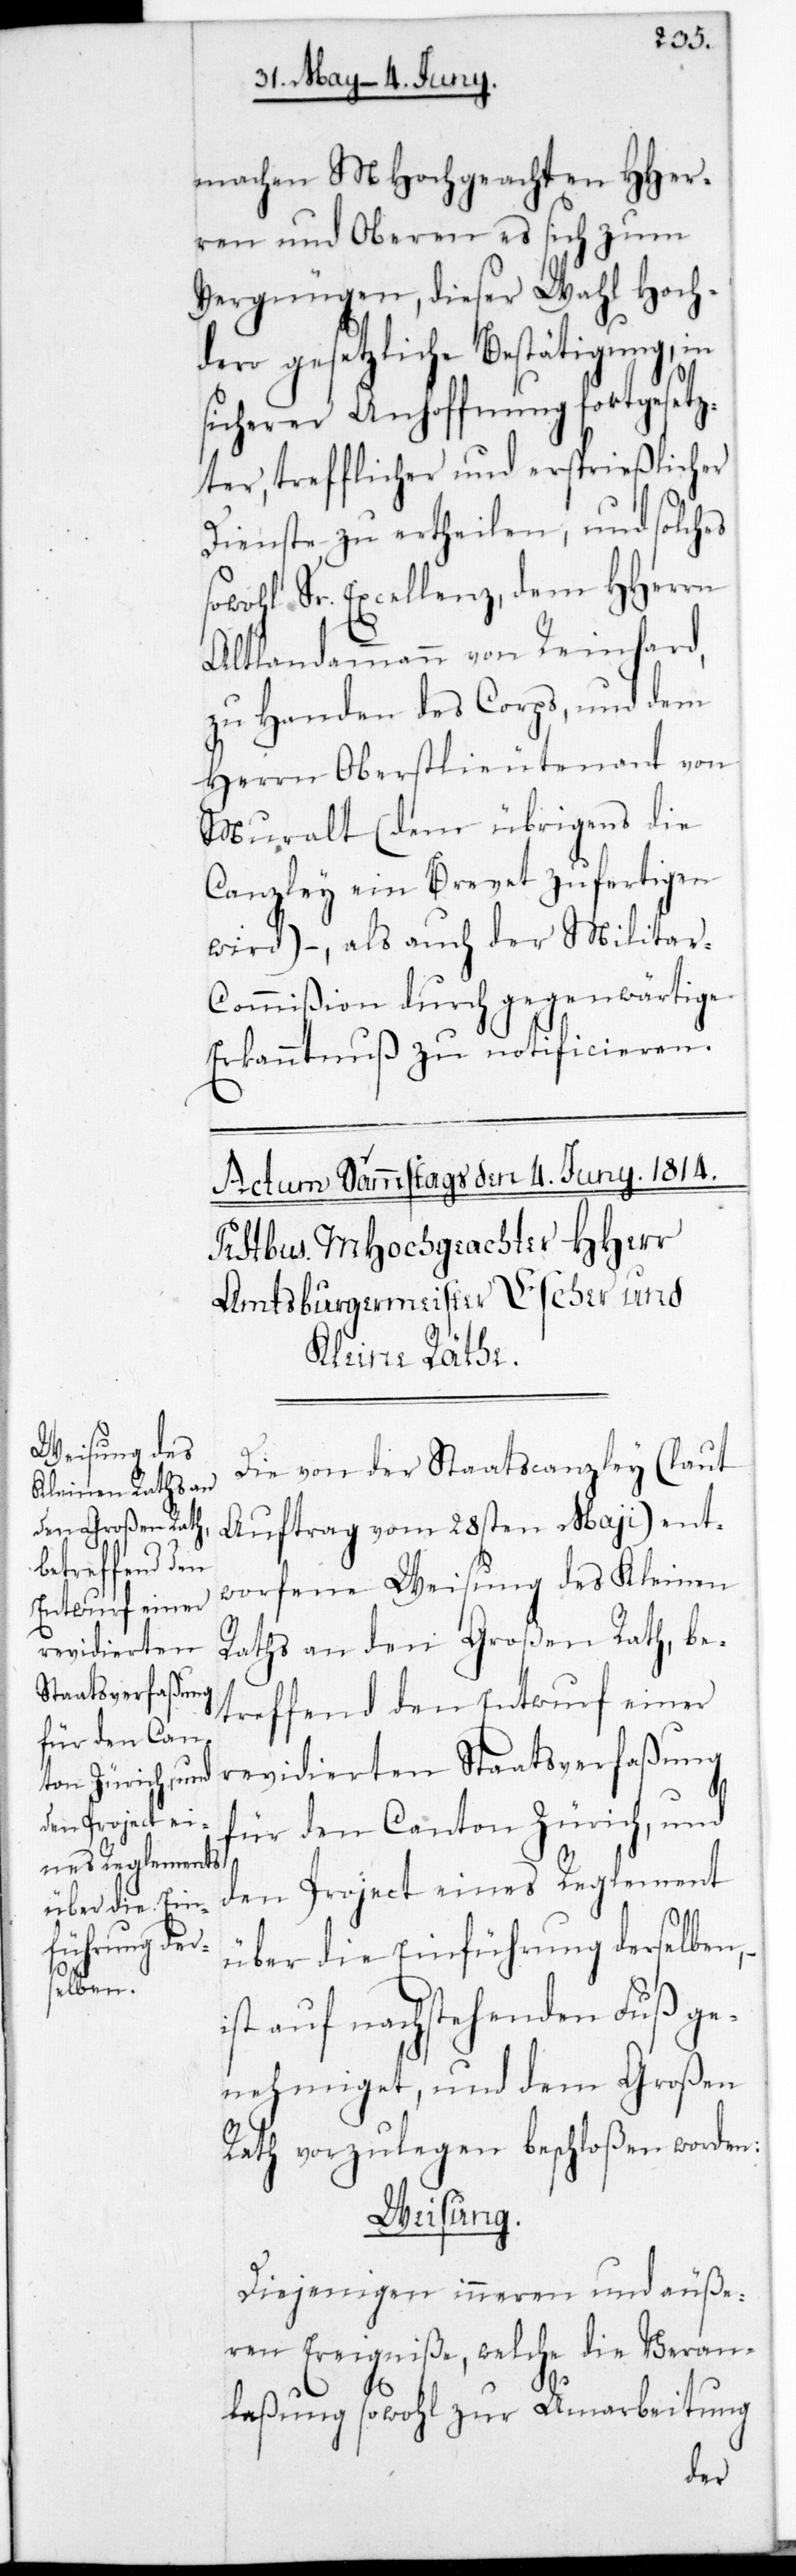
machen MHochgeachten HHer¬
ren und Oberen es sich zum
Vergnügen, dieser Wahl Hoch¬
dero gesetzliche Bestätigung, in
sicherer Anhoffnung fortgesez¬
ter trefflicher und ersprießlicher
Dienste zu ertheilen, und solches
sowohl Sr. Excellenz, dem HHerrn
Altlandammann von Reinhard,
zu Handen des Corps, und dem
Herrn Oberstlieutenant von
Muralt (dem übrigens die
Canzley ein Brevet zufertigen
wird) – als auch der Militar-C¬
ommißion durch gegenwärtige
Erkanntnuß zu notificieren.
Die von der Staatscanzley (laut
Auftrag vom 28sten May) ent¬
worfene Weisung des Kleinen
Raths an den Großen Rath, be¬
treffend den Entwurf einer
revidierten Staatsverfaßung
für den Canton Zürich, und
den Project eines Reglement
über die Einführung derselben,
ist auf nachstehenden Fuß ge¬
nehmiget, und dem Großen
Rath vorzulegen beschloßen worden.
Weisung.
Diejenigen inneren und äuße¬
ren Ereigniße, welche die Veran¬
laßung sowohl zur Umarbeitung